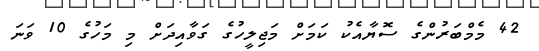
42 މެމްބަރުންގެ ސޮޔާއެކު ކަމަށް މަޖިލީހުގެ ގަވާއިދަށް މި މަހުގެ 10 ވަނަ